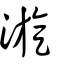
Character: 漩